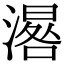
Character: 𣽞